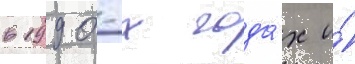
в 1990-х года́х и́